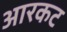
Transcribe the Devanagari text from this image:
आरकट